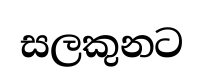
සලකුනට